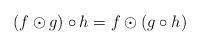
LaTeX: \begin{align*}(f\odot g) \circ h=f\odot (g\circ h)\end{align*}